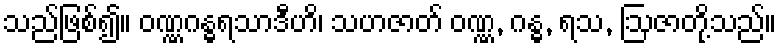
သည်ဖြစ်၍။ ဝဏ္ဏဂန္ဓရသာဒီဟိ၊ သဟဇာတ် ဝဏ္ဏ, ဂန္ဓ, ရသ, ဩဇာတို့သည်။